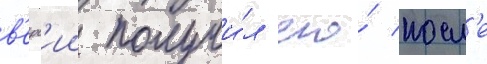
в'ерс'ии получи́л его́ посл'е